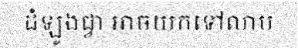
ដំឡូងជ្វា អាចយកទៅលាប